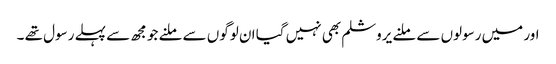
اور میں رسولوں سے ملنے یروشلم بھی نہیں گیا ان لوگوں سے ملنے جو مجھ سے پہلے رسول تھے ۔